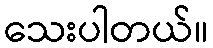
သေးပါတယ်။